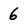
Character: 6